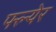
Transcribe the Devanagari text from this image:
फ्ल्येर